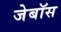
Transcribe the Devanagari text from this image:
जेबॉस